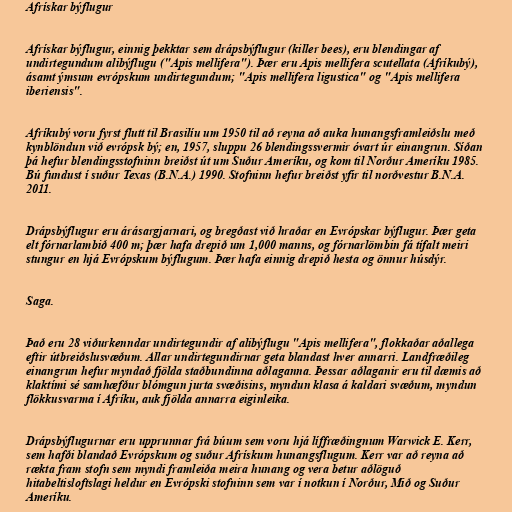
Afrískar býflugur

Afrískar býflugur, einnig þekktar sem drápsbýflugur (killer bees), eru blendingar af
undirtegundum alibýflugu ("Apis mellifera"). Þær eru Apis mellifera scutellata (Afríkubý),
ásamt ýmsum evrópskum undirtegundum; "Apis mellifera ligustica" og "Apis mellifera
iberiensis".

Afríkubý voru fyrst flutt til Brasilíu um 1950 til að reyna að auka hunangsframleiðslu með
kynblöndun við evrópsk bý; en, 1957, sluppu 26 blendingssvermir óvart úr einangrun. Síðan
þá hefur blendingsstofninn breiðst út um Suður Ameríku, og kom til Norður Ameríku 1985.
Bú fundust í suður Texas (B.N.A.) 1990. Stofninn hefur breiðst yfir til norðvestur B.N.A.
2011.

Drápsbýflugur eru árásargjarnari, og bregðast við hraðar en Evrópskar býflugur. Þær geta
elt fórnarlambið 400 m; þær hafa drepið um 1,000 manns, og fórnarlömbin fá tífalt meiri
stungur en hjá Evrópskum býflugum. Þær hafa einnig drepið hesta og önnur húsdýr.

Saga.

Það eru 28 viðurkenndar undirtegundir af alibýflugu "Apis mellifera", flokkaðar aðallega
eftir útbreiðslusvæðum. Allar undirtegundirnar geta blandast hver annarri. Landfræðileg
einangrun hefur myndað fjölda staðbundinna aðlaganna. Þessar aðlaganir eru til dæmis að
klaktími sé samhæfður blómgun jurta svæðisins, myndun klasa á kaldari svæðum, myndun
flökkusvarma í Afríku, auk fjölda annarra eiginleika.

Drápsbýflugurnar eru upprunnar frá búum sem voru hjá líffræðingnum Warwick E. Kerr,
sem hafði blandað Evrópskum og suður Afrískum hunangsflugum. Kerr var að reyna að
rækta fram stofn sem myndi framleiða meira hunang og vera betur aðlöguð
hitabeltisloftslagi heldur en Evrópski stofninn sem var í notkun í Norður, Mið og Suður
Ameríku.